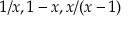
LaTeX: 1 / x , 1 - x , x / ( x - 1 )